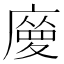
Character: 𢊿